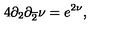
4 \partial _ { 2 } \partial _ { \overline { { 2 } } } \nu = e ^ { 2 \nu } ,